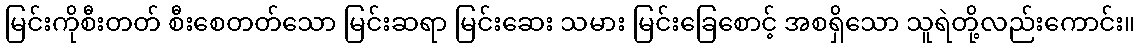
မြင်းကိုစီးတတ် စီးစေတတ်သော မြင်းဆရာ မြင်းဆေး သမား မြင်းခြေစောင့် အစရှိသော သူရဲတို့လည်းကောင်း။